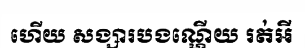
ហើយ សង្សារបងណ្ហើយ រត់អី